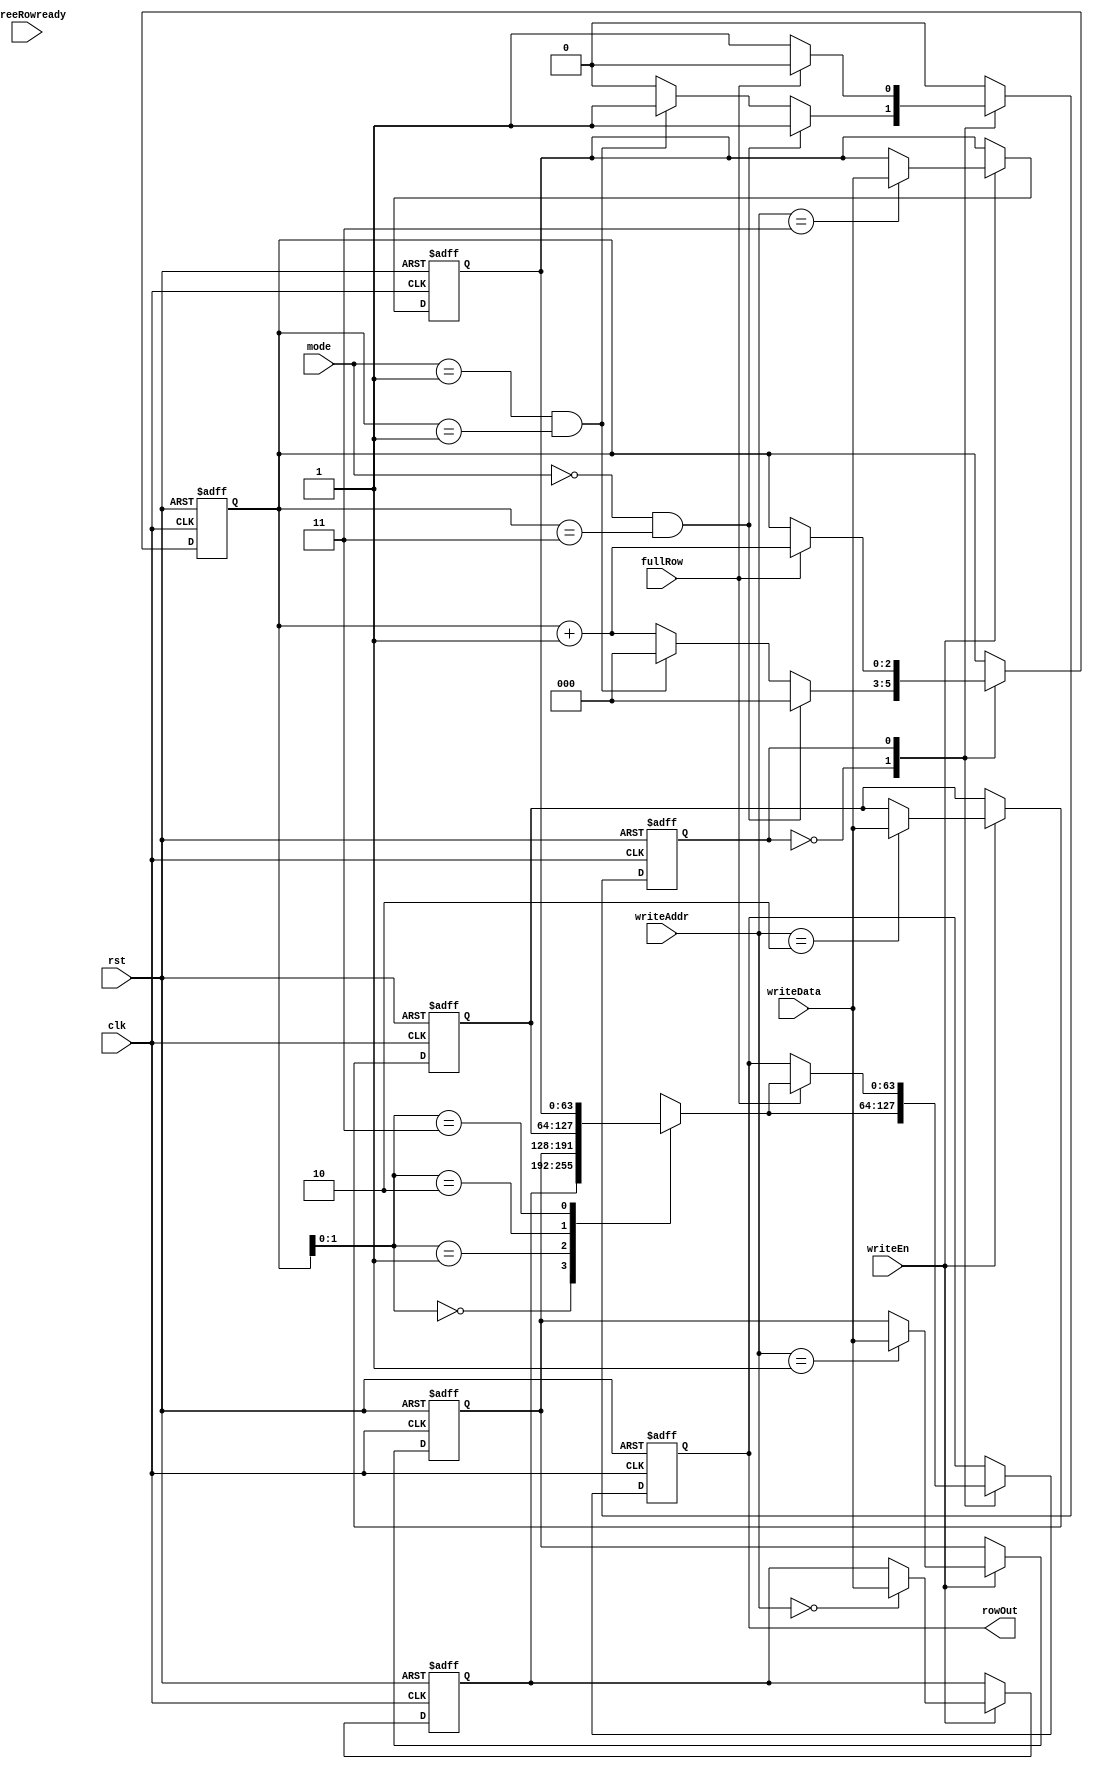
module rowRf(clk, rst, mode, writeEn, writeAddr, writeData, fullRow, threeRowready, rowOut);

input clk, rst, writeEn, fullRow;
input [2:0] mode;
input [63:0] writeData;     // Data write to rowRf from FIFO
input [1:0]  writeAddr;     // Write to rowRf address
input threeRowready;
output reg [63:0] rowOut;

reg [63:0] buffer [3:0];    // Keep four 64 bit data which means one row data
reg [2:0] readAddr;         // write to PE array address
reg state;
integer i;

always@(posedge clk or posedge rst)begin
	if(rst)begin
		for(i=0; i<4; i=i+1)begin
			buffer[i] <= 64'd0;
		end
		readAddr <= 0;
		rowOut <= 64'd0;
		state <= 1;
	end
	else begin

		/*  Read data from FIFO  */
		if(writeEn)begin 
			buffer[writeAddr] <= writeData;
		end

		/* Write data to PE array */ 
		case(state)
			0:begin
				rowOut <= buffer[readAddr];
				if(mode==0 && readAddr==3) begin
					state <= 1;
					readAddr <= 3'd0;
				end
				else if(mode==1 && readAddr==1)begin
					state <= 1;
					readAddr <= 3'd0;
				end
				else readAddr <= readAddr + 1;
			end
			1:begin
				if(fullRow) begin
					rowOut <= buffer[readAddr];
					readAddr <= readAddr + 1;
					state <= 0;
				end
			end
		endcase 

	end
end

endmodule